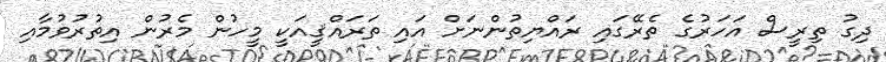
ދިގު ތިރީސް އަހަރުގެ ތެރޭގައި ރައްޔިތުންނަށް އައި ތަރައްޤީއަކީ މީހުން މެރުން އިތުރުވުމާއި